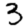
Digit: 3